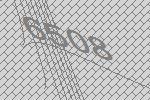
6508